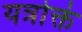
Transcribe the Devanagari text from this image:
यत्रोक्तं